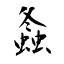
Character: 螽